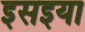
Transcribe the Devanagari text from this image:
इसइया